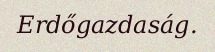
Erdőgazdaság.